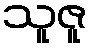
သူဇူ